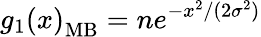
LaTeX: g_{1}\left(x\right)_{\mathrm{MB}}=ne^{-x^{2}/(2\sigma^{2})}